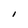
Character: i